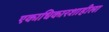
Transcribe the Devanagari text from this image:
एकाधिकारशाहीला